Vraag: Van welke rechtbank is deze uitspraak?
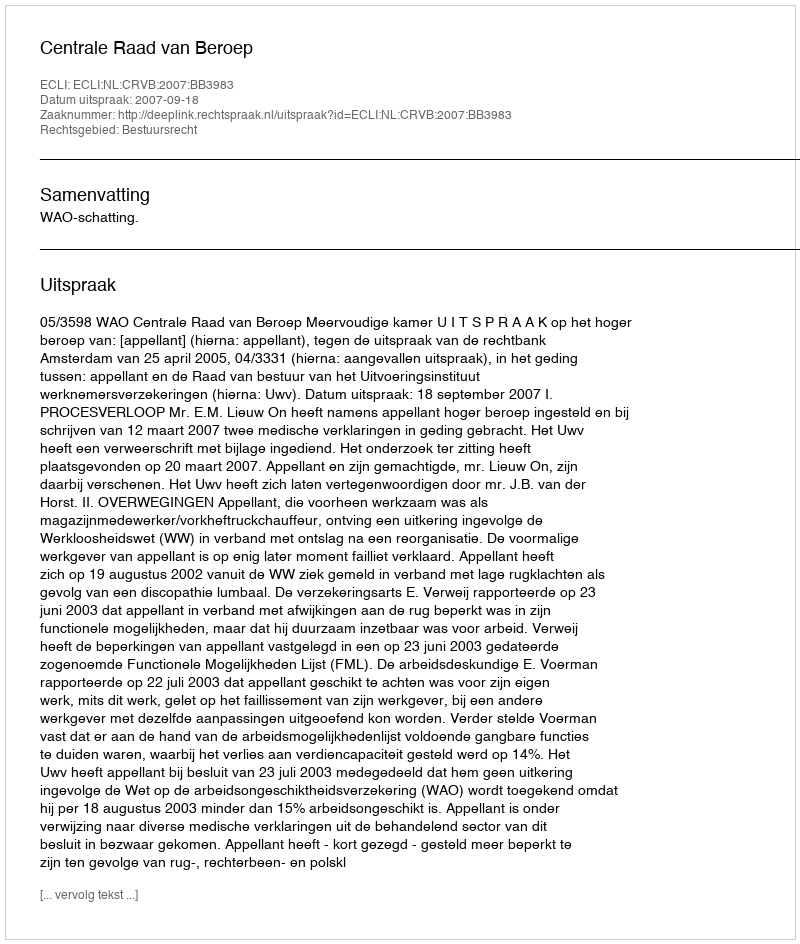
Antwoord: Centrale Raad van Beroep